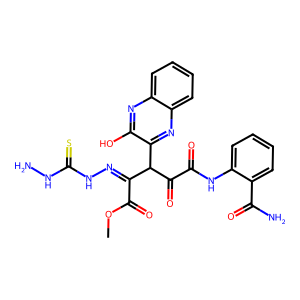
SMILES: COC(=O)C(=NNC(=S)NN)C(C(=O)C(=O)Nc1ccccc1C(N)=O)c1nc2ccccc2nc1O
Inhibits HIV replication: No